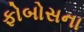
ફોબોસના